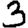
Digit: 3